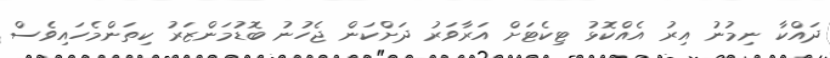
ދައްކާ ނިމުނު އިރު އެއްކޮޅު ޓިކެޓަށް އަރާވަރު ދަށްކަން ޖެހުނު ބޮޑުމަންޒަރު ކިތަންމެހައިވެސް